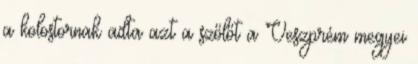
a kolostornak adta azt a szőlőt a Veszprém megyei